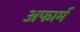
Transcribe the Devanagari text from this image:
अफार्म